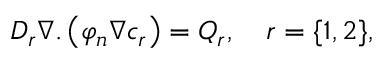
D _ { r } \nabla . \left( \varphi _ { n } \nabla c _ { r } \right) = Q _ { r } , ~ ~ ~ r = \{ 1 , 2 \} ,